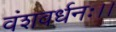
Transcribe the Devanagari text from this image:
वंशवर्धनः।।